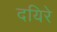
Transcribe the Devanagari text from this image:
दयिरे